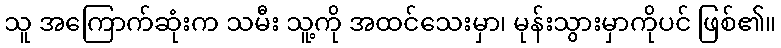
သူ အကြောက်ဆုံးက သမီး သူ့ကို အထင်သေးမှာ၊ မုန်းသွားမှာကိုပင် ဖြစ်၏။